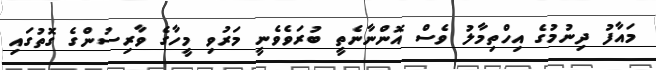
މައާފު ދިނުމުގެ އިހްތިމާލު ވެސް އޮންނާނެތީ ބުރަވެވެނީ މަރުވި މީހާގެ ވާރިސުންގެ ގޮތުގައި